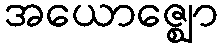
အယောဇ္ဈော